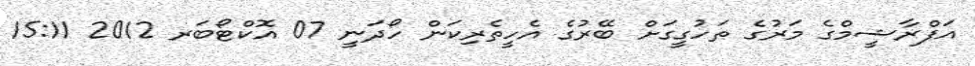
އަފްރާޝީމްގެ މަރުގެ ތަހުގީގަށް ބޭރުގެ އެހީތެރިކަން ހޯދަނީ 07 އޮކްޓޯބަރ 2012 15:11